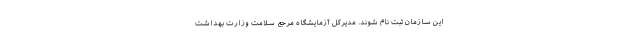
این سازمان ثبت نام شوند. مدیرکل آزمایشگاه مرجع سلامت وزارت بهداشت